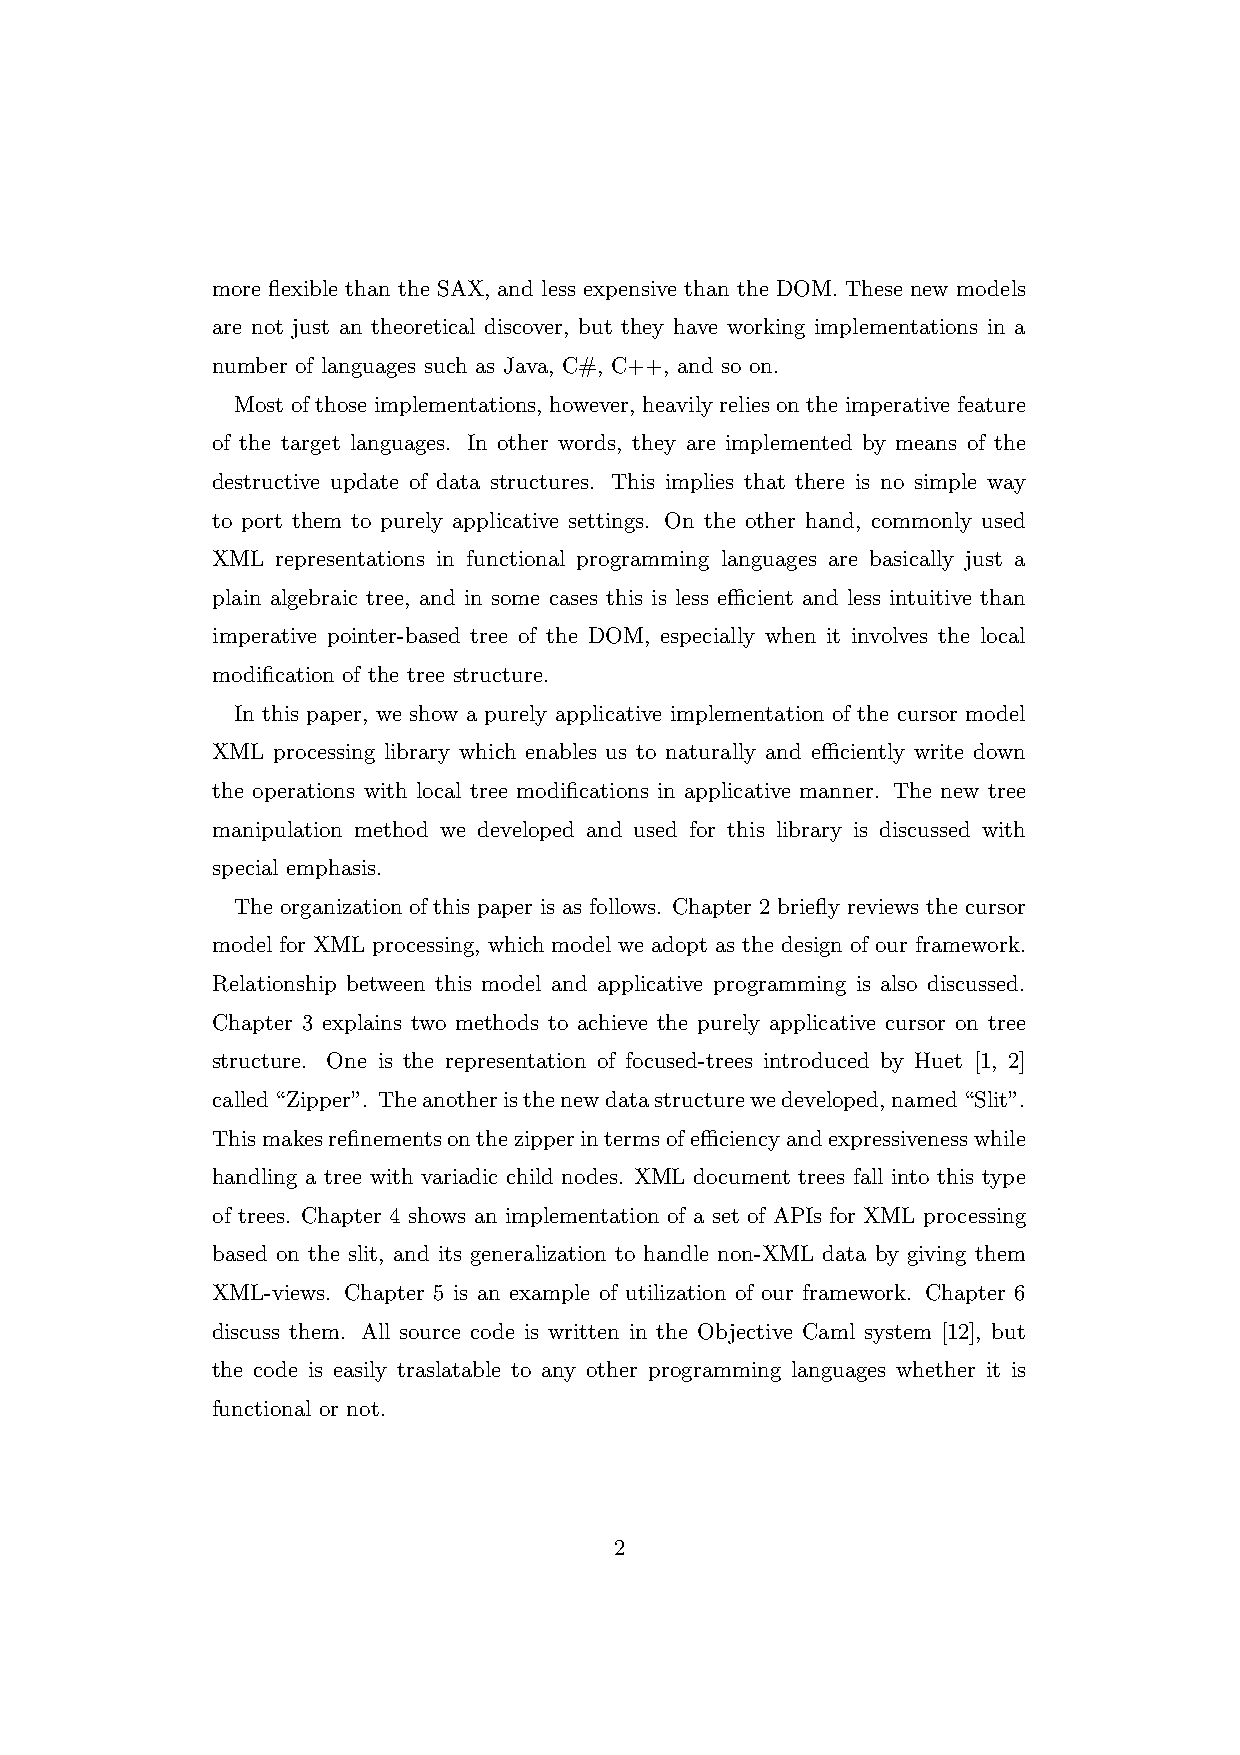
more flexible than the SAX, and less expensive than the DOM. These new models
 are not just an theoretical discover, but they have working implementations in a
 number of languages such as Java, C#, C++, and so on.
 Most of those implementations, however, heavily relies on the imperative feature
 of the target languages. In other words, they are implemented by means of the
 destructive update of data structures. This implies that there is no simple way
 to port them to purely applicative settings. On the other hand, commonly used
 XML representations in functional programming languages are basically just a
 plain algebraic tree, and in some cases this is less efficient and less intuitive than
 imperative pointer-based tree of the DOM, especially when it involves the local
 modification of the tree structure.
 In this paper, we show a purely applicative implementation of the cursor model
 XML processing library which enables us to naturally and efficiently write down
 the operations with local tree modifications in applicative manner. The new tree
 manipulation method we developed and used for this library is discussed with
 special emphasis.
 The organization of this paper is as follows. Chapter 2 briefly reviews the cursor
 model for XML processing, which model we adopt as the design of our framework.
 Relationship between this model and applicative programming is also discussed.
 Chapter 3 explains two methods to achieve the purely applicative cursor on tree
 structure. One is the representation of focused-trees introduced by Huet [1, 2]
 called“Zipper”. Theanotheristhenewdatastructurewedeveloped,named“Slit”.
 Thismakesrefinementsonthezipperintermsofefficiencyandexpressivenesswhile
 handling a tree with variadic child nodes. XML document trees fall into this type
 of trees. Chapter 4 shows an implementation of a set of APIs for XML processing
 based on the slit, and its generalization to handle non-XML data by giving them
 XML-views. Chapter 5 is an example of utilization of our framework. Chapter 6
 discuss them. All source code is written in the Objective Caml system [12], but
 the code is easily traslatable to any other programming languages whether it is
 functional or not.
 2